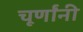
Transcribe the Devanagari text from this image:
चूर्णांनी